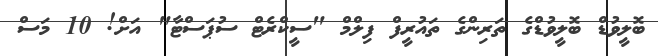
ބޮލީވުޑް ބޮލީވުޑްގެ ތަރިންގެ ތައުރީފް ފިލްމް "ސީކްރެޓް ސުޕަސްޓާ" އަށް! 10 މަސް